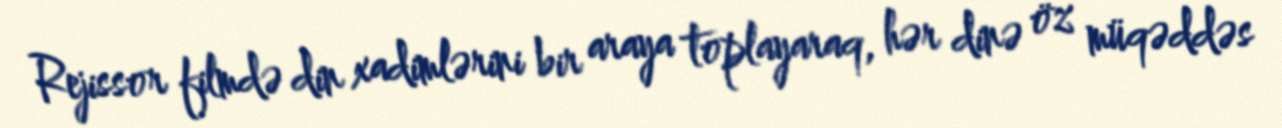
Rejissor filmdə din xadimlərini bir araya toplayaraq, hər dinə öz müqəddəs